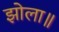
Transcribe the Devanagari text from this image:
झोला॥